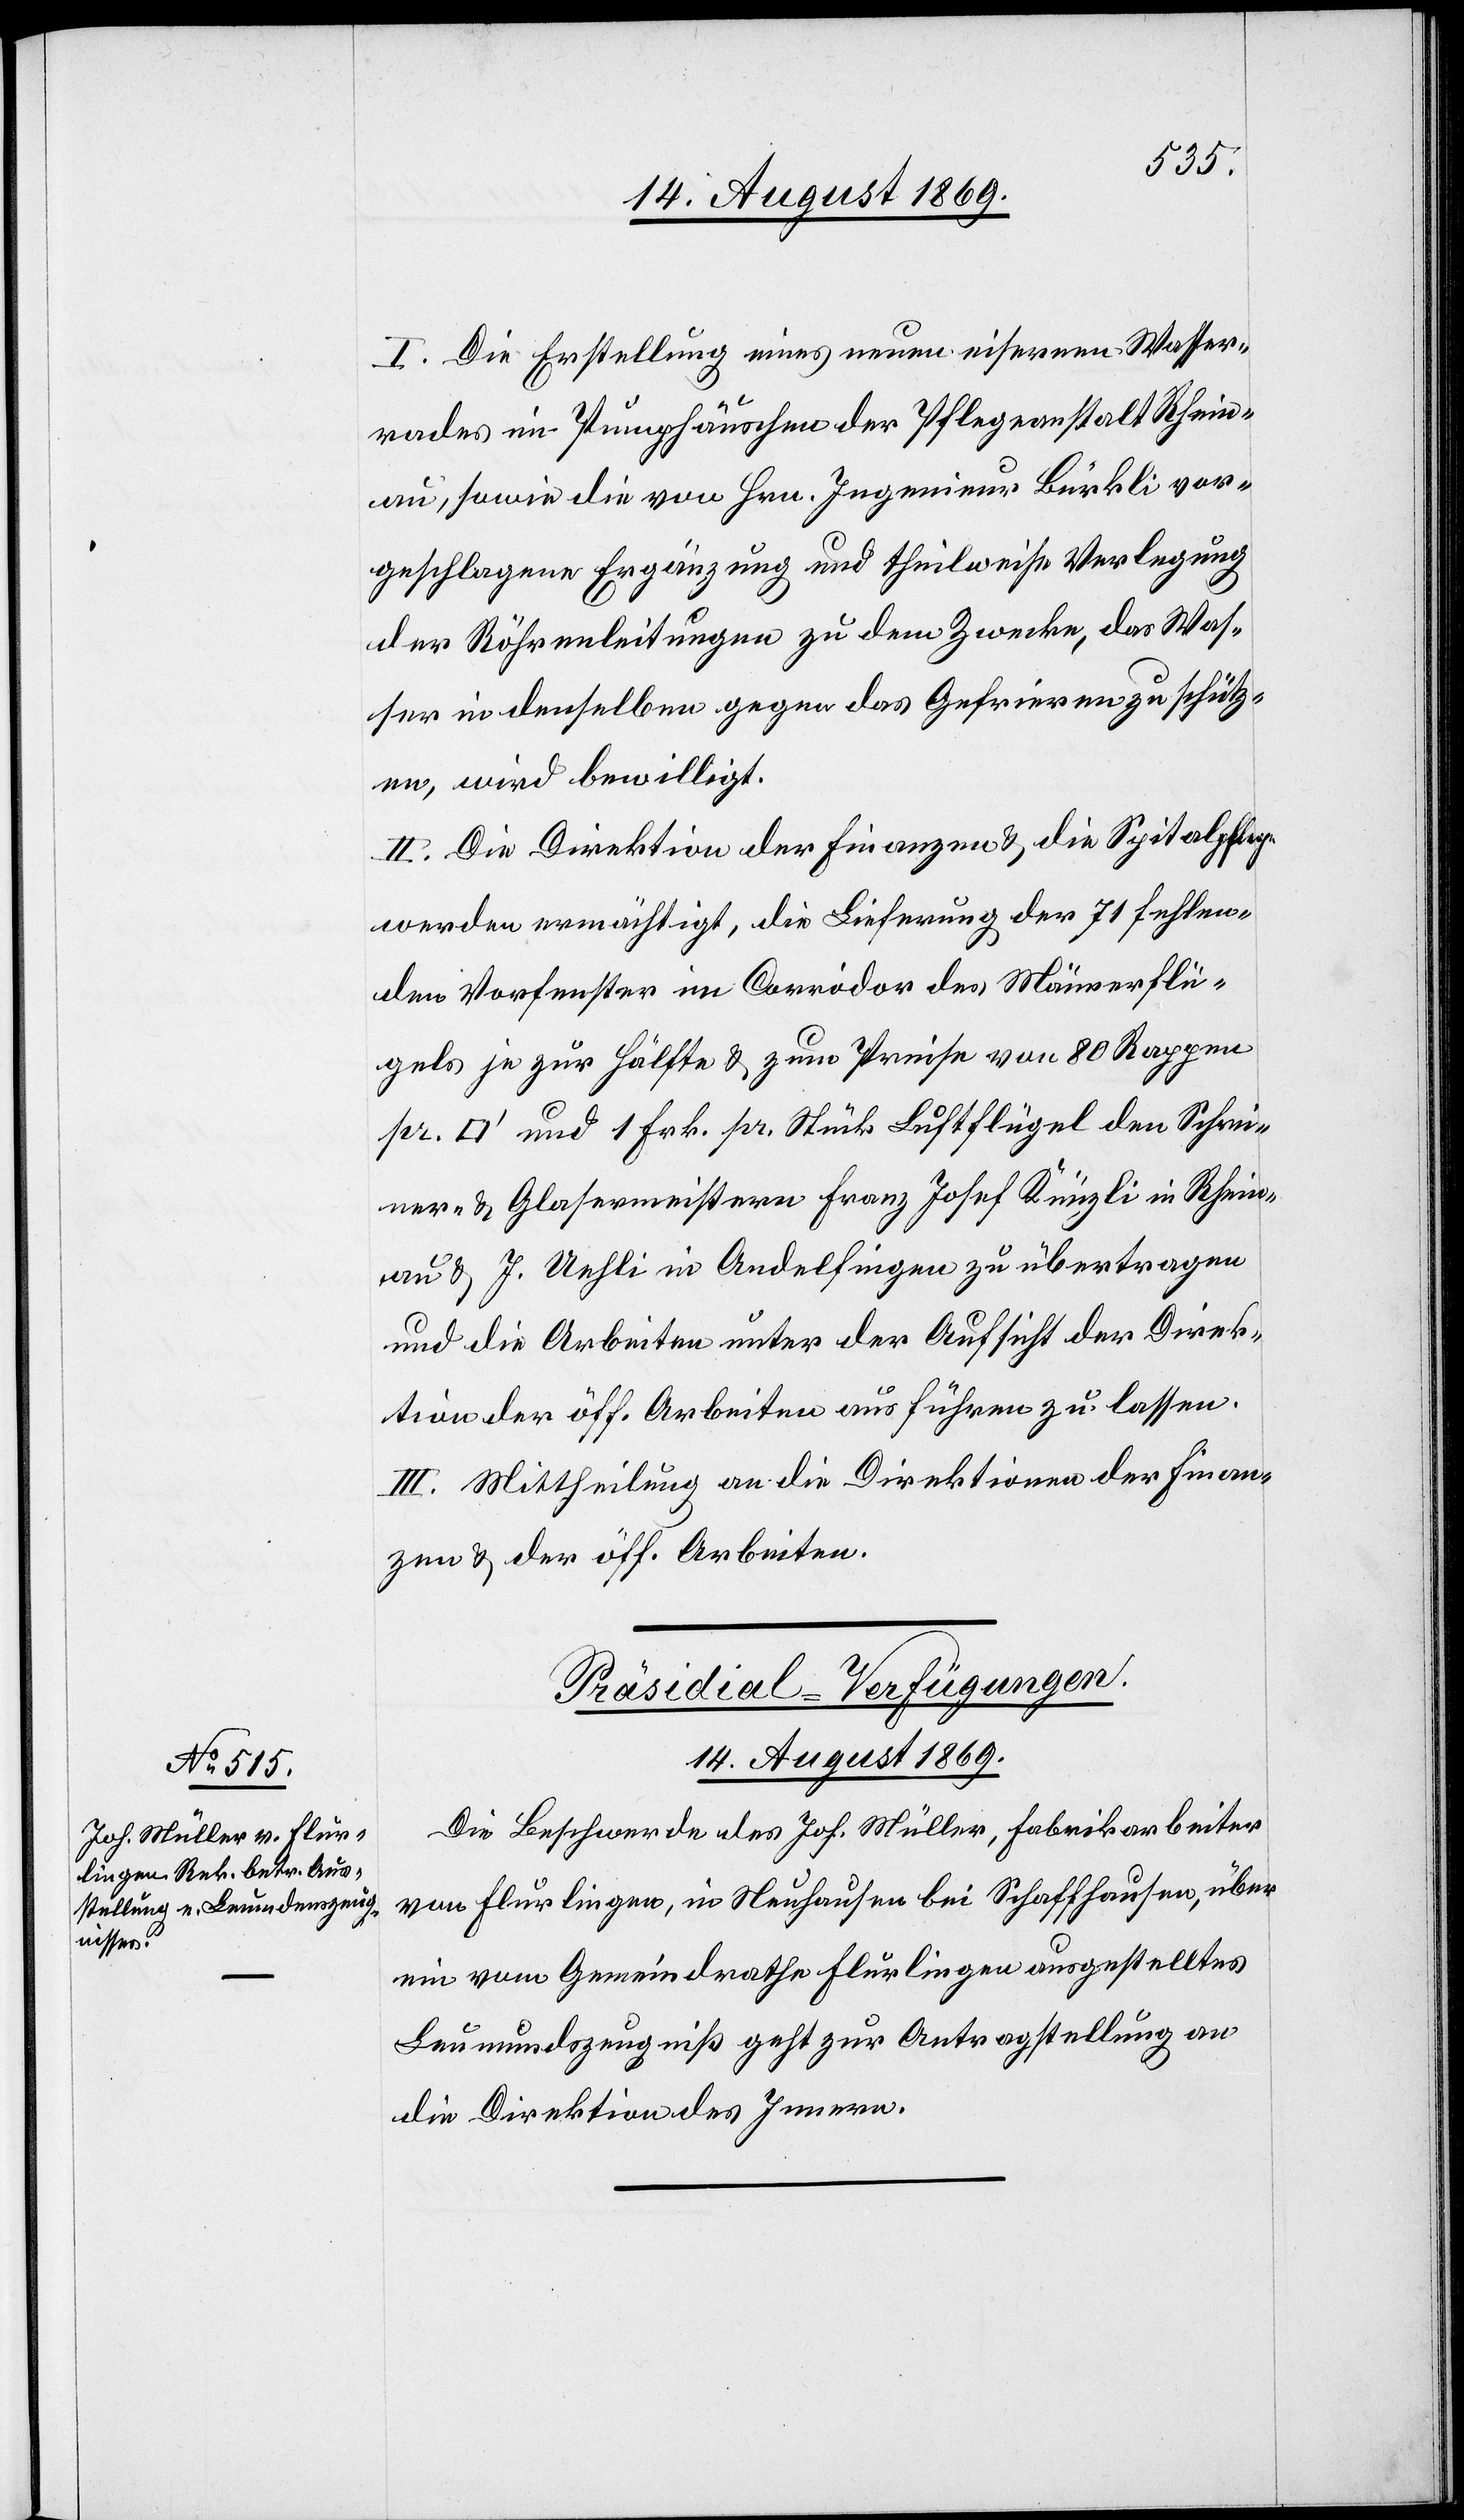
I. Die Erstellung eines neuen eisernen Wasser¬
rades im Pumphäuschen der Pflegeanstalt Rhein¬
au, sowie die von Hrn. Ingenieur Bürkli vor¬
geschlagene Ergänzung und theilweise Verlegung
der Röhrenleitungen zu dem Zwecke, das Was¬
ser in denselben gegen das Gefrieren zu schütz¬
en, wird bewilligt.
II. Die Direktion der Finanzen & die Spitalpflege
werden ermächtigt, die Lieferung der 71 fehlen¬
den Vorfenster im Corridor des Männerflü¬
gels je zur Hälfte & zum Preise von 80 Rappen
[Quadratfuss] und 1 Frk. pr. Stück Luftflügel den Schrei¬
ner- & Glasermeistern Franz Josef Künzli in Rhein¬
au & J. Uehli in Andelfingen zu übertragen
und die Arbeiten unter der Aufsicht der Direk¬
tion der öff. Arbeiten ausführen zu lassen.
III. Mittheilung an die Direktion der Finan¬
zen & der öff. Arbeiten.
Präsidial-Verfügungen.
14. August 1869.
Die Beschwerde des Joh. Müller, Fabrikarbeiter
von Flurlingen, in Neuhausen bei Schaffhausen, über
ein vom Gemeindrathe Flurlingen ausgestelltes
Leumundszeugniß geht zur Antragstellung an
die Direktion des Innern.